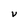
Character: V